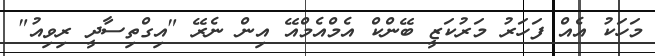
މަހަކު އެއް ފަހަރު މަރުކަޒީ ބޭންކް އެމްއެމްއޭ އިން ނެރޭ "އިގްތިސާދީ ރިވިއު"